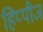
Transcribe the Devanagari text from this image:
हिप्पीज